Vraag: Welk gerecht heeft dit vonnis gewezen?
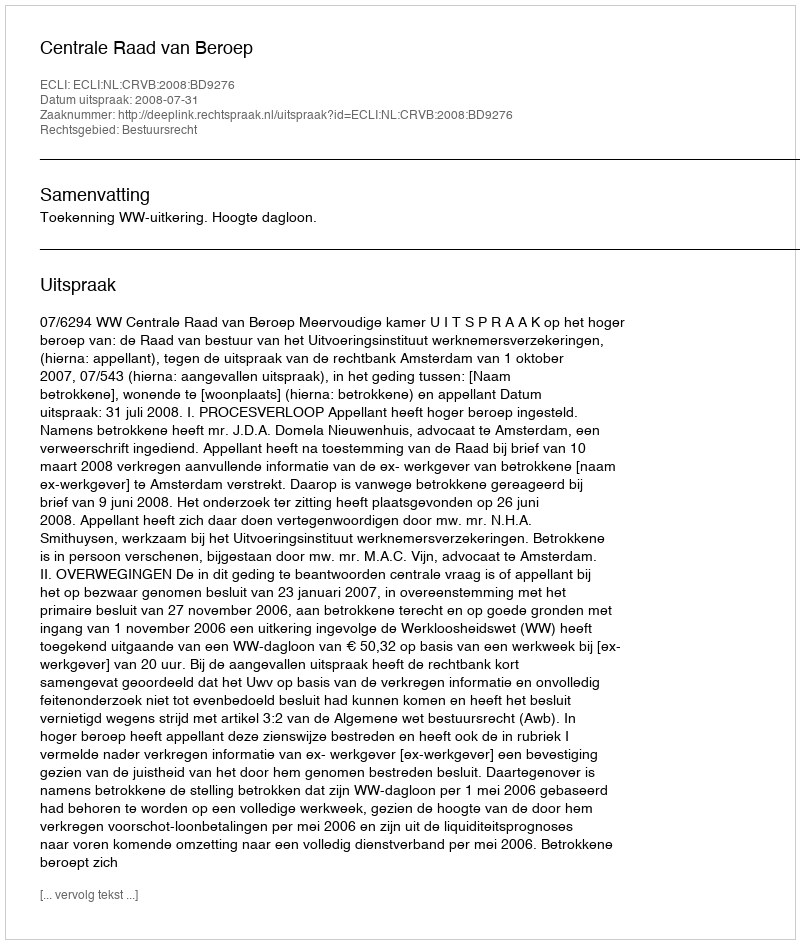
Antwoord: Centrale Raad van Beroep